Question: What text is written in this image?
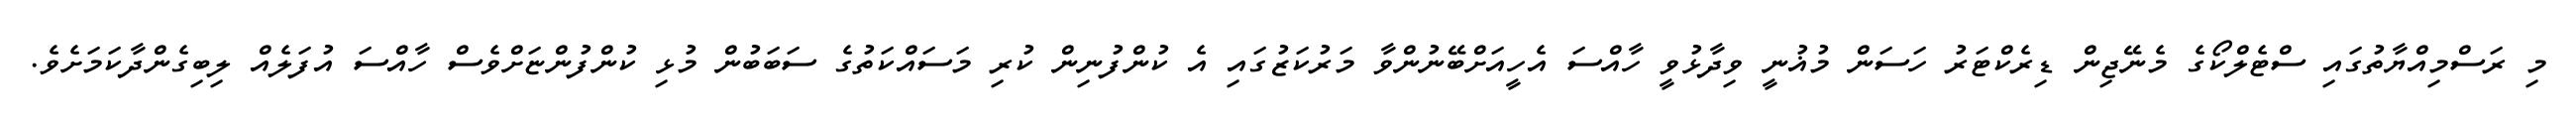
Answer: މި ރަސްމިއްޔާތުގައި ސްޓެލްކޯގެ މެނޭޖިން ޑިރެކްޓަރު ހަސަން މުޣުނީ ވިދާޅުވީ ހާއްސަ އެހީއަށްބޭނުންވާ މަރުކަޒުގައި އެ ކުންފުނިން ކުރި މަސައްކަތުގެ ސަބަބުން މުޅި ކުންފުންޏަށްވެސް ހާއްސަ އުފަލެއް ލިބިގެންދާކަމަށެވެ.